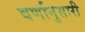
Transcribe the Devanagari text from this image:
वर्णानुसारी